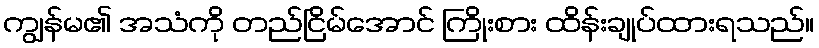
ကျွန်မ၏ အသံကို တည်ငြိမ်အောင် ကြိုးစား ထိန်းချုပ်ထားရသည်။